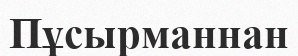
Пұсырманнан